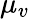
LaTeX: \mu_{v}